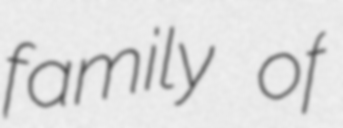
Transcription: family of